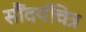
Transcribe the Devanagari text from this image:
सौंदर्यचित्र